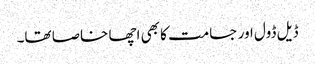
ڈیل ڈول اور جسامت کا بھی اچھا خاصا تھا۔